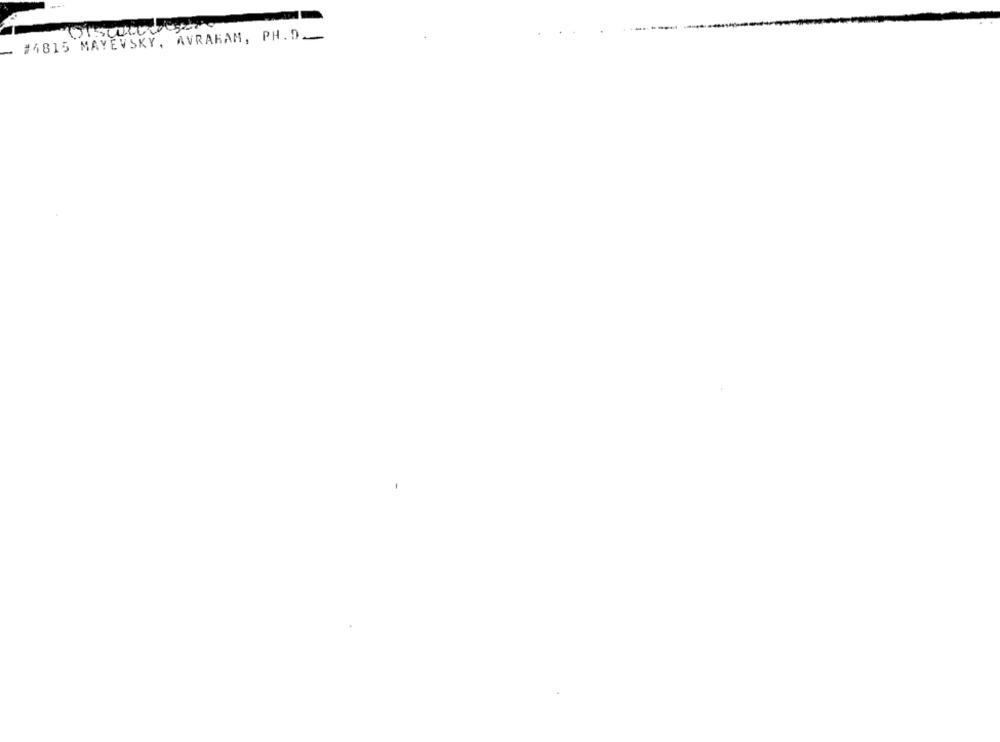
#4815 MAYEVSKY, AVRAKAM, PH. D ___